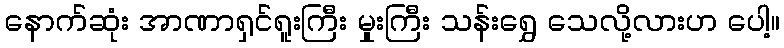
နောက်ဆုံး အာဏာရှင်ရူးကြီး မှုးကြီး သန်းရွှေ သေလို့လားဟ ပေါ့။